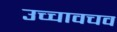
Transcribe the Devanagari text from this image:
उच्चावचव